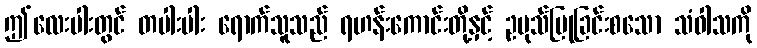
ဤလေးပါးတွင် တပါးပါး ရောက်သူသည် ရဟန်းကောင်းတို့နှင့် ဥပုသ်ပြုခြင်းစသော သံဝါသကို